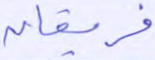
فريقان